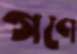
গণে